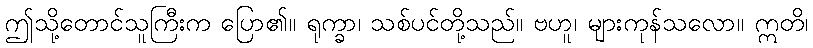
ဤသို့တောင်သူကြီးက ပြော၏။ ရုက္ခာ၊ သစ်ပင်တို့သည်။ ဗဟူ၊ များကုန်သလော။ ဣတိ၊